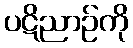
ပဋိညာဉ်ကို